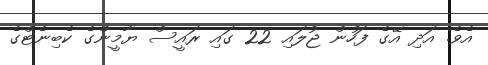
އެވެ. އަދި އޭގެ ފަހުން ޖުލައި 22 ގައި ރައީސް ޔާމީންގެ ކެބިނެޓްގެ